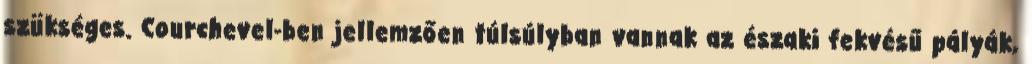
szükséges. Courchevel-ben jellemzően túlsúlyban vannak az északi fekvésű pályák,